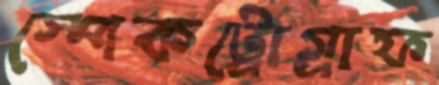
স্পেকট্রোগ্রাফ